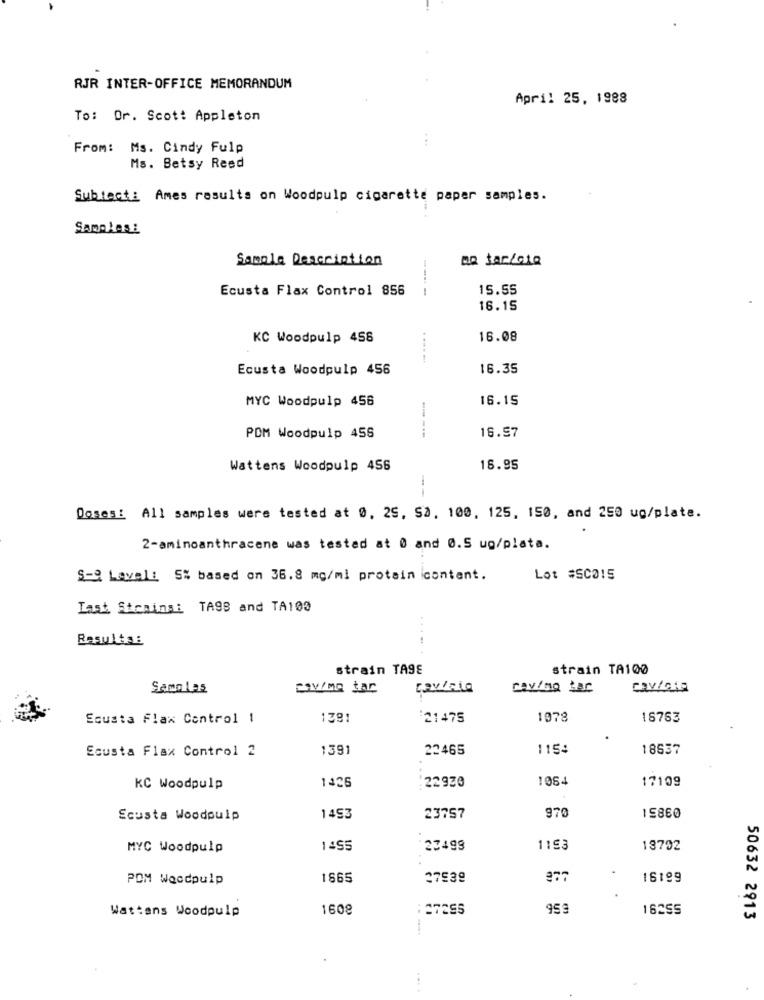
RJR INTER-OFFICE MEMORANDUM
April 25, 1988
To: Or. Scott Appleton
From: Ms. Cindy Fulp
Ms. Betsy Reed
Subtacti Ames results on Woodpulp cigarette paper samples.
Samples:
Sample Description
Ecusta Flax Control 856
15.55
16.15
KC Woodpulp 458
16.08
Ecusta Woodpulp 456
16.35
MYC Woodpulp 456
16.15
16.97
POM Woodpulp 455
-----
Wattens Woodpulp 456
18.95
--
Doses: All samples were tested at 0, 29, Sa, 100, 125, 150, and 250 ug/plate.
2-aminoanthracene was tested at 0 and 0.5 ug/plata.
S-9 Level: 5% based on 36.8 mg/ml protein content.
Lot #SC015
Last Strains: TAGS and TA109
.....
strain TASE
strain TA100
Samo Las
Ecusta Flax Control 1
1381
:21475
1978
18763
Ecusta Flax Control 2
1391
22465
1154
18637
1426
1064
17109
KC Woodpulp
22933
970
Ecusta Woodpulp
1453
23757
15860
MYC Woodpulp
1455
23499
1193
18792
POM Woodpulp
1665
37539
16199
Wattens Woodpulp
1608
27255
959
16255
50632 2913
....